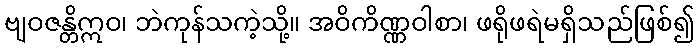
ဗျဝဇန္တိဣဝ၊ ဘဲကုန်သကဲ့သို့။ အဝိကိဏ္ဏဝါစာ၊ ဖရိုဖရဲမရှိသည်ဖြစ်၍